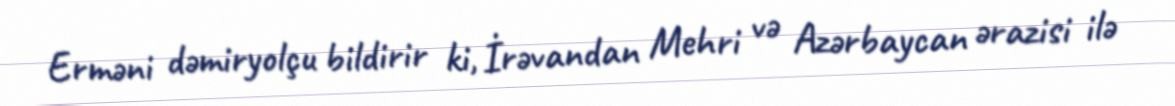
Erməni dəmiryolçu bildirir ki, İrəvandan Mehri və Azərbaycan ərazisi ilə